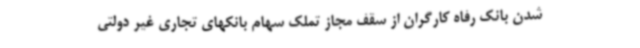
شدن بانک رفاه کارگران از سقف مجاز تملک سهام بانکهای تجاری غیر دولتی